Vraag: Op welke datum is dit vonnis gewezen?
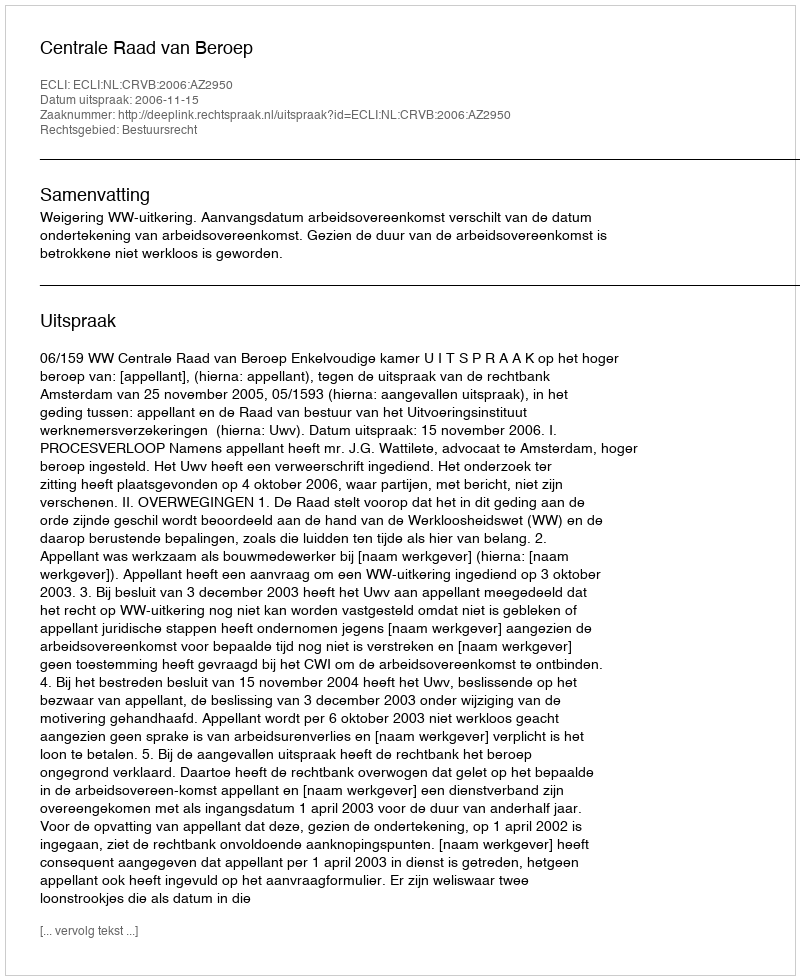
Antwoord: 2006-11-15